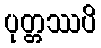
ပုတ္တဿပိ